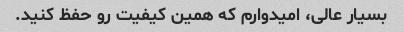
بسیار عالی، امیدوارم که همین کیفیت رو‌ حفظ کنید.